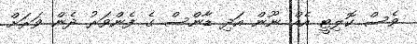
ވެސް ކޮލިޓީ އެއް ނޫން އަދި ޑާންސް ގެ ފެންވަރު ދެން ވަރަށް